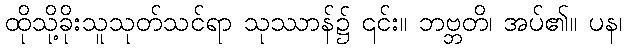
ထိုသို့ခိုးသူသုတ်သင်ရာ သုဿာန်၌ ၎င်း။ ဘဗ္ဘတိ၊ အပ်၏။ ပန၊